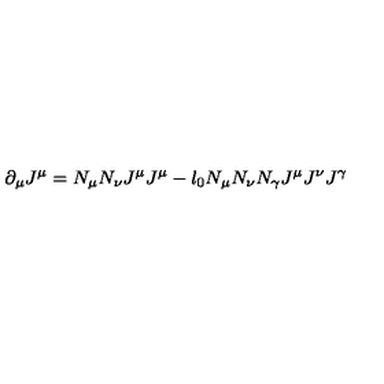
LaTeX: \partial _ { \mu } J ^ { \mu } = N _ { \mu } N _ { \nu } J ^ { \mu } J ^ { \mu } - l _ { 0 } N _ { \mu } N _ { \nu } N _ { \gamma } J ^ { \mu } J ^ { \nu } J ^ { \gamma }